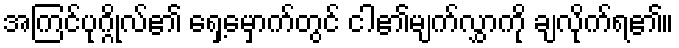
အကြင်ပုဂ္ဂိုလ်၏ ရှေ့မှောက်တွင် ငါ၏မျက်လွှာကို ချလိုက်ရ၏။